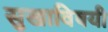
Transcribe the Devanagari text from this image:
सुखाविषयी